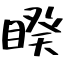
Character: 睽